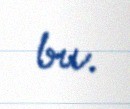
bu.